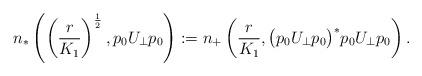
LaTeX: \begin{align*}n_{\ast} \left( \left( \frac{r}{K_{1}} \right)^{\frac{1}{2}},p_{0}U_{\perp}p_{0} \right) := n_{+} \left( \frac{r}{K_{1}}, \big( p_{0}U_{\perp}p_{0} \big)^{\ast} p_{0}U_{\perp}p_{0} \right).\end{align*}